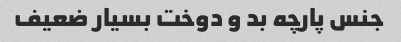
جنس پارچه بد و دوخت بسیار ضعیف